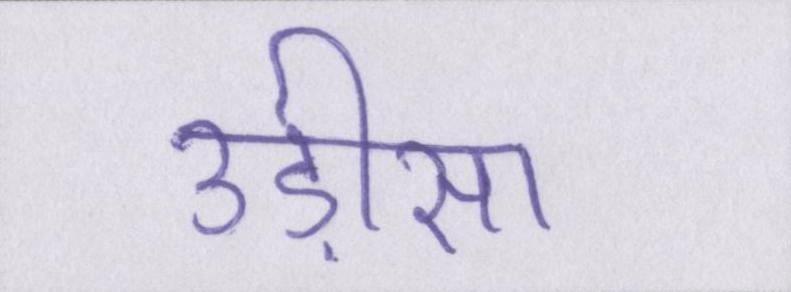
उड़ीसा